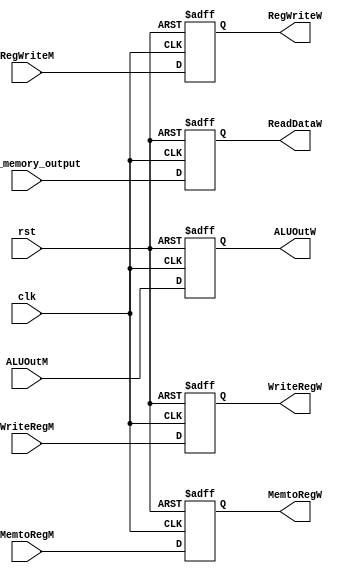
`timescale 1ns / 1ps


module MEM_WB(
           input clk,
           input rst,
           input RegWriteM,
           input MemtoRegM,
           input [31: 0] data_memory_output,
           input [31: 0] ALUOutM,
           input [4: 0] WriteRegM,
           output reg RegWriteW,
           output reg MemtoRegW,
           output reg[31: 0] ReadDataW,
           output reg [31: 0] ALUOutW,
           output reg [4: 0] WriteRegW
       );

always @(posedge clk or posedge rst)
  if (rst)
  begin
    RegWriteW <= 0;
    MemtoRegW <= 0;
    ReadDataW <= 0;
    ALUOutW <= 0;
    WriteRegW <= 0;
  end
  else
  begin
    RegWriteW <= RegWriteM;
    MemtoRegW <= MemtoRegM;
    ReadDataW <= data_memory_output;
    ALUOutW <= ALUOutM;
    WriteRegW <= WriteRegM;
end

endmodule